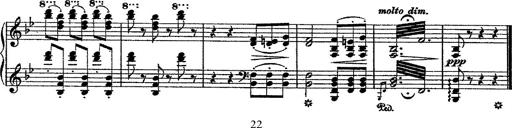
Title: Fantaisie romantique sur deux mÃ©lodies suisses
Composer: Franz Liszt